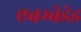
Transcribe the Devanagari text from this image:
एबम्बेडेड